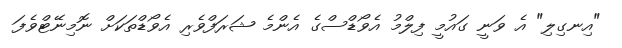
"އިނގިލި" އެ ވަނީ ގައުމީ ފިލްމު އެވޯޑްސްގެ އެންމެ ޝަރަފްވެރި އެވޯޑްތަކަށް ނޮމިނޭޓްވެފަ